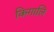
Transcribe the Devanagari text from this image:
किगालि